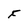
Character: F